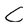
Character: C